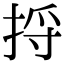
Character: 捋